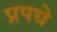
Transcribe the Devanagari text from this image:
प्रपधे